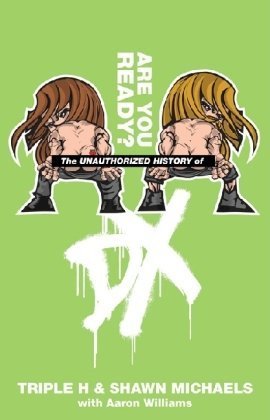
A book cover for The Unauthorized History of DX (WWE); Aaron Feigenbaum; Biographies & Memoirs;